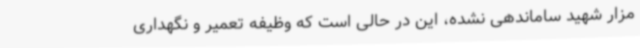
مزار شهید ساماندهی نشده، این در حالی‌ است که وظیفه تعمیر و نگهداری